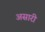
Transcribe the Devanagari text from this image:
असारी